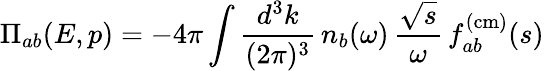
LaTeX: \Pi_{ab}(E,p)=-4\pi\int\frac{d^{3}k}{(2\pi)^{3}}\, n_{b}(\omega)\, \frac{\sqrt{s}}{\omega}\, f_{ab}^{(\mathrm{cm)}}(s)